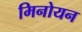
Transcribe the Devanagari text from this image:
मिनोयन